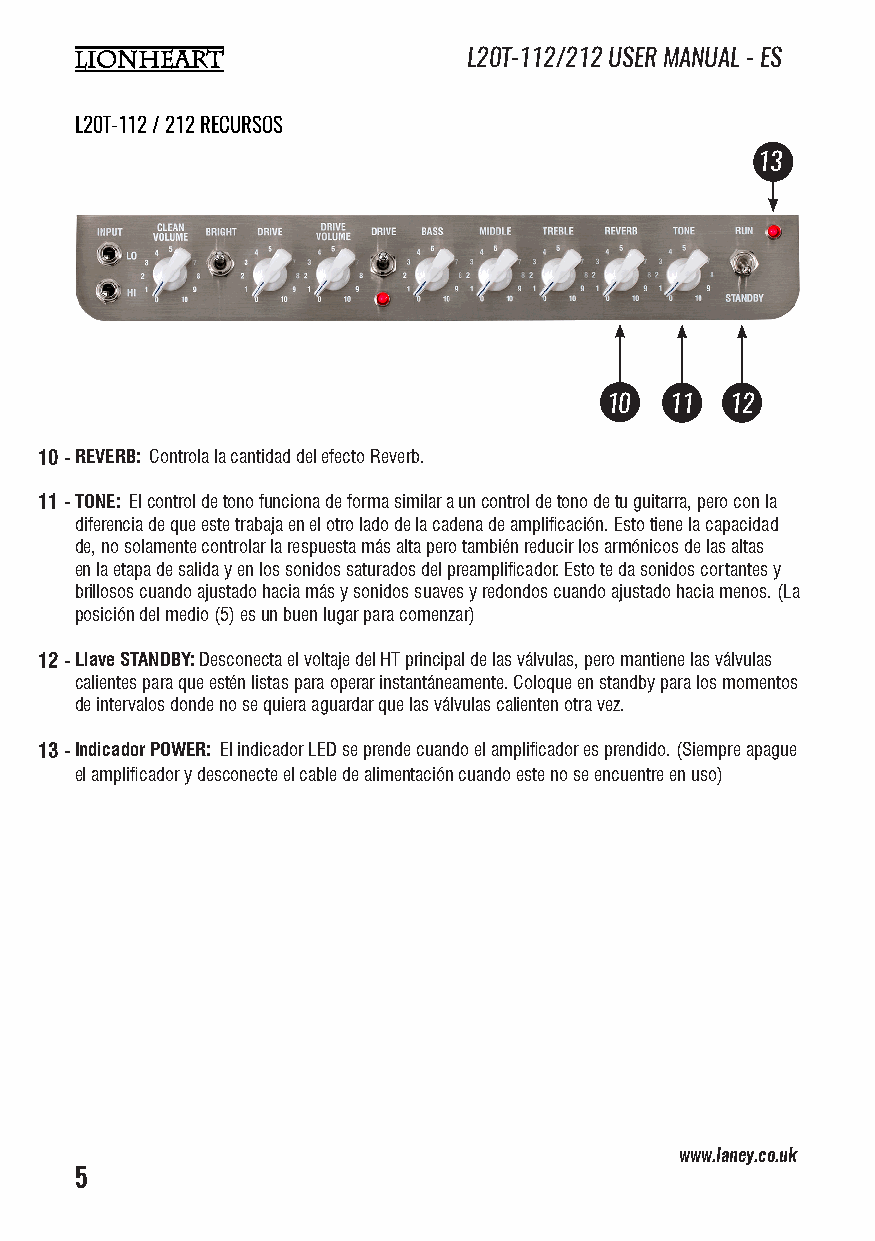
L20T-112/212 USER MANUAL - ES
 L20T-112 / 212 RECURSOS
 13
 10  11  12
 10 -REVERB: Controla la cantidad del efecto Reverb.
 11 -TONE: El control de tono funciona de forma similar a un control de tono de tu guitarra, pero con la
 diferencia de que este trabaja en el otro lado de la cadena de amplificación. Esto tiene la capacidad
 de, no solamente controlar la respuesta más alta pero también reducir los armónicos de las altas
 en la etapa de salida y en los sonidos saturados del preamplificador. Esto te da sonidos cortantes y
 brillosos cuando ajustado hacia más y sonidos suaves y redondos cuando ajustado hacia menos. (La
 posición del medio (5) es un buen lugar para comenzar)
 12 -Llave STANDBY: Desconecta el voltaje del HT principal de las válvulas, pero mantiene las válvulas
 calientes para que estén listas para operar instantáneamente. Coloque en standby para los momentos
 de intervalos donde no se quiera aguardar que las válvulas calienten otra vez.
 13 -Indicador POWER: El indicador LED se prende cuando el amplificador es prendido. (Siempre apague
 el amplificador y desconecte el cable de alimentación cuando este no se encuentre en uso)
 www.laney.co.uk                              www.laney.co.uk
 5